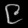
Digit: ၉